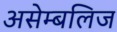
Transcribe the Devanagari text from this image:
असेम्बलिज